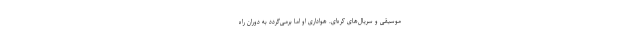
موسیقی و سریال‌های کره‌ای. هواداری او اما بر‌می‌گردد به دوران راه